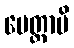
ပေတ္တာပိ